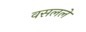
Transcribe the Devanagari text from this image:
वसलले